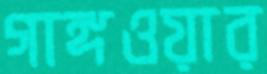
গাঙ্গওয়ার